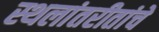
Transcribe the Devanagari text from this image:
स्थलांतरीतांचे